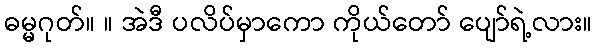
ဓမ္မဂုတ်။ ။ အဲဒီ ပလိပ်မှာကော ကိုယ်တော် ပျော်ရဲ့လား။